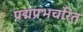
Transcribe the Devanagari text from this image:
पद्मप्रभचरित